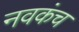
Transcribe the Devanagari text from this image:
नवकंच